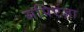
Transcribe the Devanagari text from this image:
सपिएंज़ा